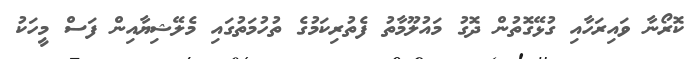
ކޮރޯނާ ވައިރަހާއި ގުޅޭގޮތުން ދޮގު މައުލޫމާތު ފެތުރިކަމުގެ ތުހުމަތުގައި މެލޭޝިޔާއިން ފަސް މީހަކު